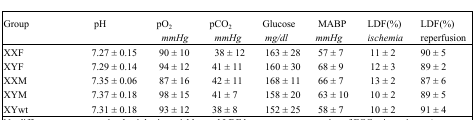
| Group | pH | pO2mmHg | pCO2mmHg | Glucose mg/dl | MABP mmHg | LDF(%) ischemia | LDF(%) reperfusion |
 | --- | --- | --- | --- | --- | --- | --- | --- |
 | XXF | 7.27 ± 0.15 | 90 ± 10 | 38 ± 12 | 163 ± 28 | 57 ± 7 | 11 ± 2 | 90 ± 5 |
 | XYF | 7.29 ± 0.14 | 94 ± 12 | 41 ± 11 | 160 ± 30 | 68 ± 9 | 12 ± 3 | 89 ± 2 |
 | XXM | 7.35 ± 0.06 | 87 ± 16 | 42 ± 11 | 168 ± 11 | 66 ± 7 | 13 ± 2 | 87 ± 6 |
 | XYM | 7.37 ± 0.18 | 98 ± 15 | 41 ± 7 | 158 ± 20 | 63 ± 10 | 10 ± 2 | 89 ± 5 |
 | XYwt | 7.31 ± 0.18 | 93 ± 12 | 38 ± 8 | 152 ± 25 | 58 ± 7 | 10 ± 2 | 91 ± 4 |